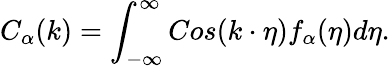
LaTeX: C_{\alpha}(k)=\int_{-\infty}^{\infty}Cos(k\cdot\eta)f_{\alpha}(\eta)d\eta.